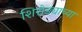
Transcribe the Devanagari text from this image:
शिरोड्याच्या